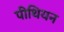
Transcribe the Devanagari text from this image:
पीथियन